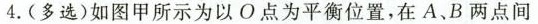
4.(多选)如图甲所示为以O点为平衡位置，在A、B两点间